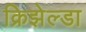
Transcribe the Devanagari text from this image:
क्रिझेल्डा